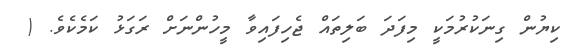
ކިޔުން ގިނަކުރުމަކީ މިފަދަ ބަލިތައް ޖެހިފައިވާ މީހުންނަށް ރަގަޅު ކަމެކެވެ. (